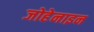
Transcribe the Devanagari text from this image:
जोहेनाइन